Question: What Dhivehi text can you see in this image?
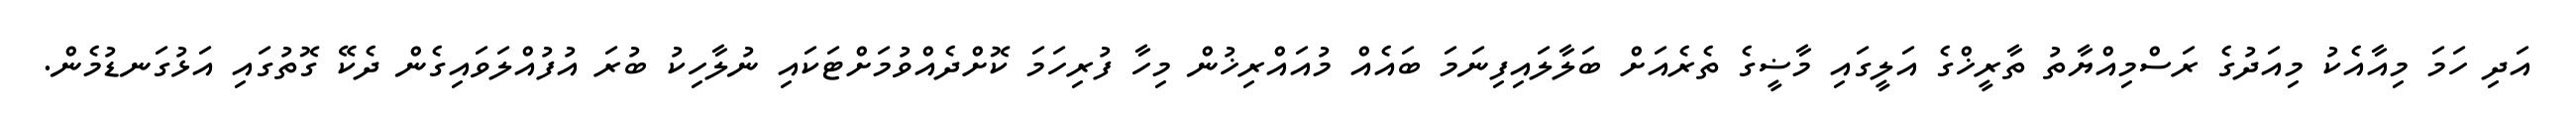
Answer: އަދި ހަމަ މިއާއެކު މިއަދުގެ ރަސްމިއްޔާތު ތާރީޚްގެ އަލީގައި މާޟީގެ ތެރެއަށް ބަލާލައިފިނަމަ ބައެއް މުއައްރިޚުން މިހާ ފުރިހަމަ ކޮށްދެއްވުމަށްޓަކައި ނުލާހިކު ބުރަ އުފުއްލަވައިގެން ދެކޭ ގޮތުގައި އަޅުގަނޑުމެން.